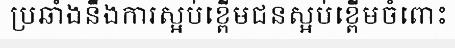
ប្រឆាំងនឹងការស្អប់ខ្ពើមជនស្អប់ខ្ពើមចំពោះ